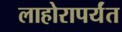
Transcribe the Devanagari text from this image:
लाहोरापर्यंत